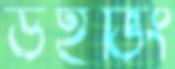
উইভিং